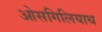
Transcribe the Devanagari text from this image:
ओसगिलियाथ